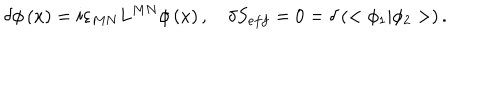
LaTeX: \delta \phi \left( x \right) = i \varepsilon _ { M N } L ^ { M N } \phi \left( x \right) , \quad \delta S _ { e f f } = 0 = \delta \left( < \phi _ { 1 } | \phi _ { 2 } > \right) .